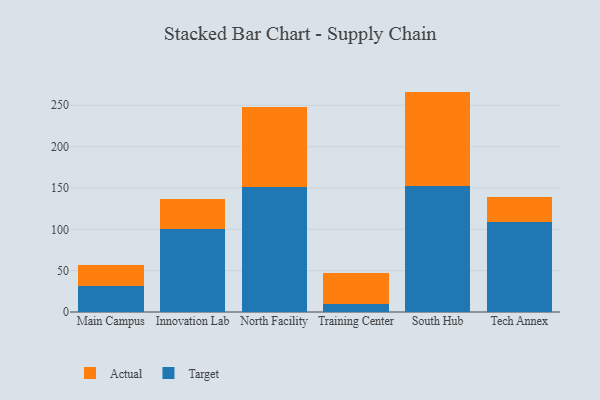
{"axis": {"x": "Campus", "y": "Conversion Rate (%)"}, "legend": ["Actual", "Target"], "data": [{"x": "Main Campus", "y": 31.5, "type": "Target"}, {"x": "Main Campus", "y": 25.4, "type": "Actual"}, {"x": "Innovation Lab", "y": 100.3, "type": "Target"}, {"x": "Innovation Lab", "y": 36.5, "type": "Actual"}, {"x": "North Facility", "y": 150.8, "type": "Target"}, {"x": "North Facility", "y": 97.4, "type": "Actual"}, {"x": "Training Center", "y": 10.2, "type": "Target"}, {"x": "Training Center", "y": 37.1, "type": "Actual"}, {"x": "South Hub", "y": 152.5, "type": "Target"}, {"x": "South Hub", "y": 114.0, "type": "Actual"}, {"x": "Tech Annex", "y": 109.2, "type": "Target"}, {"x": "Tech Annex", "y": 30.3, "type": "Actual"}]}